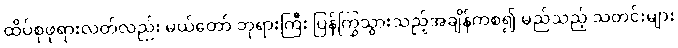
ထိပ်စုဖုရားလတ်လည်း မယ်တော် ဘုရားကြီး ပြန်ကြွသွားသည့်အချိန်ကစ၍ မည်သည့် သတင်းများ